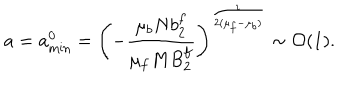
a = a _ { \mathrm { m i n } } ^ { 0 } = \left( - { \frac { \mu _ { b } N b _ { 2 } ^ { f } } { \mu _ { f } M B _ { 2 } ^ { f } } } \right) ^ { \frac { 1 } { 2 ( \mu _ { f } - \mu _ { b } ) } } \sim { \cal O } ( 1 ) .